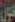
في